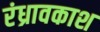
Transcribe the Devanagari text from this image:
रंध्रावकाश